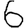
Digit: 6